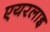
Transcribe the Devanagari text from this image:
एयरलाइ